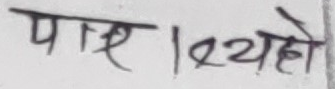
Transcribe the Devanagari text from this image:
पाए। १२थेहो